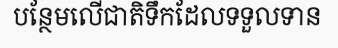
បន្ថែមលើជាតិទឹកដែលទទួលទាន